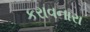
કરાવનારા